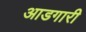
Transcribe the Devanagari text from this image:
आडगारी